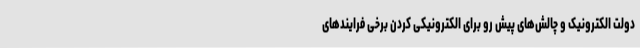
دولت الکترونیک و چالش‌های پیش رو برای الکترونیکی کردن برخی فرایندهای